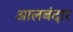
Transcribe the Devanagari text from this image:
आलबंदार